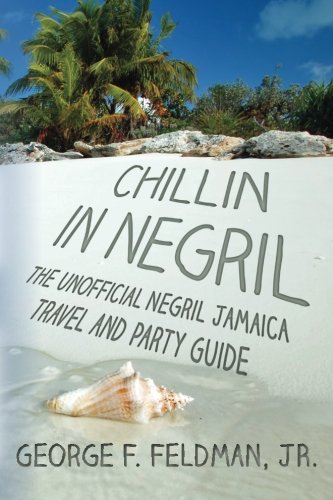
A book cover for Chillin in  Negril: The Unofficial  Negril Jamaica Travel and Party Guide (Twisted Travel Series); George F. Feldman JR.; Travel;